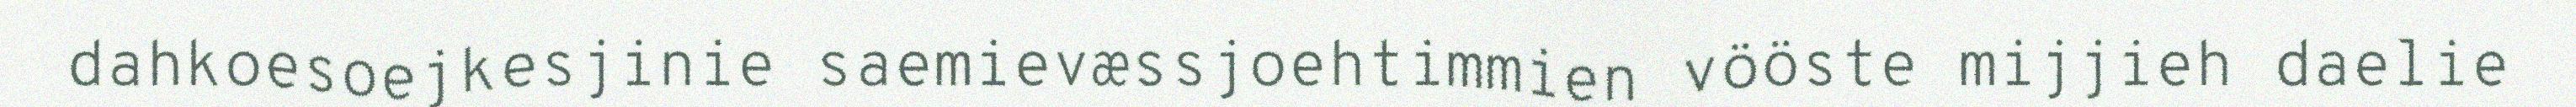
dahkoesoejkesjinie saemievæssjoehtimmien vööste mijjieh daelie